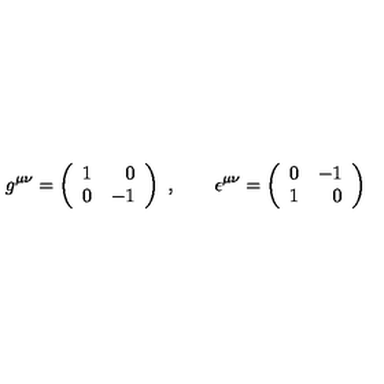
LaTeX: g ^ { \mu \nu } = \left( \begin{array} { r r } { 1 } & { 0 } \\ { 0 } & { - 1 } \\ \end{array} \right) \ , \qquad \epsilon ^ { \mu \nu } = \left( \begin{array} { r r } { 0 } & { - 1 } \\ { 1 } & { 0 } \\ \end{array} \right)